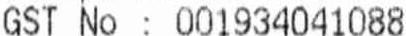
GST NO : 001934041088